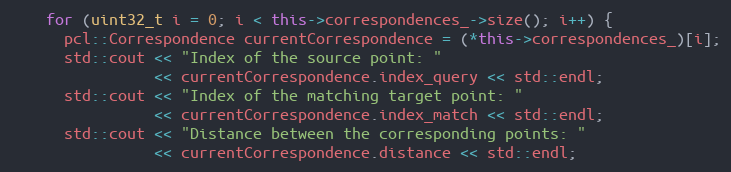
Language: C++
    for (uint32_t i = 0; i < this->correspondences_->size(); i++) {
      pcl::Correspondence currentCorrespondence = (*this->correspondences_)[i];
      std::cout << "Index of the source point: "
                << currentCorrespondence.index_query << std::endl;
      std::cout << "Index of the matching target point: "
                << currentCorrespondence.index_match << std::endl;
      std::cout << "Distance between the corresponding points: "
                << currentCorrespondence.distance << std::endl;